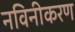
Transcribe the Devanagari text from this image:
नविनीकरण